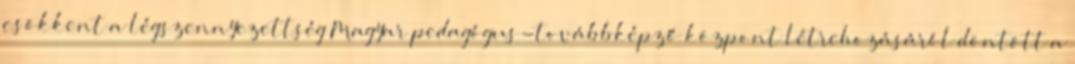
csökkent a légszennyezettség Magyar pedagógus-továbbképző központ létrehozásáról döntött a